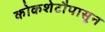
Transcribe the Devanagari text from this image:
कोकशेटौपासून